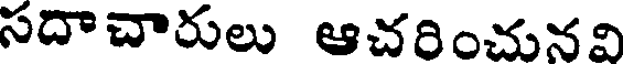
సదాచారులు ఆచరించునవి